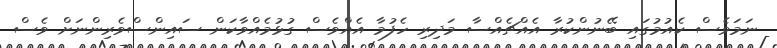
ނަމަވެސް ކެއުމުގައި ބޭނުންކުރާ އެއްޗެއްސާ މަދިރި ހެފުމާ އެއްވެސް ގުޅުމެއްވާކަން ސައިންސްވެރިންނަށް ވެސް